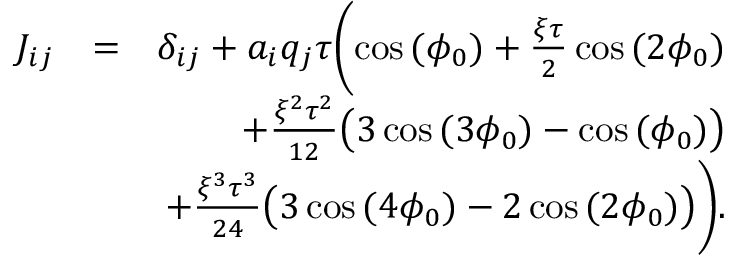
\begin{array} { r l r } { J _ { i j } } & { = } & { \delta _ { i j } + a _ { i } q _ { j } \tau \biggl ( \cos { ( \phi _ { 0 } ) } + \frac { \xi \tau } { 2 } \cos { ( 2 \phi _ { 0 } ) } } \\ & { } & { + \frac { \xi ^ { 2 } \tau ^ { 2 } } { 1 2 } \bigl ( 3 \cos { ( 3 \phi _ { 0 } ) } - \cos { ( \phi _ { 0 } ) } \bigl ) } \\ & { } & { + \frac { \xi ^ { 3 } \tau ^ { 3 } } { 2 4 } \bigl ( 3 \cos { ( 4 \phi _ { 0 } ) } - 2 \cos { ( 2 \phi _ { 0 } ) } \bigl ) \biggl ) . } \end{array}